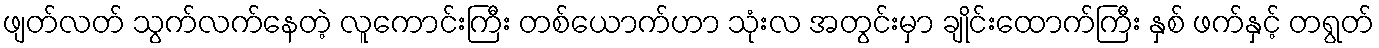
ဖျတ်လတ် သွက်လက်နေတဲ့ လူကောင်းကြီး တစ်ယောက်ဟာ သုံးလ အတွင်းမှာ ချိုင်းထောက်ကြီး နှစ် ဖက်နှင့် တရွတ်